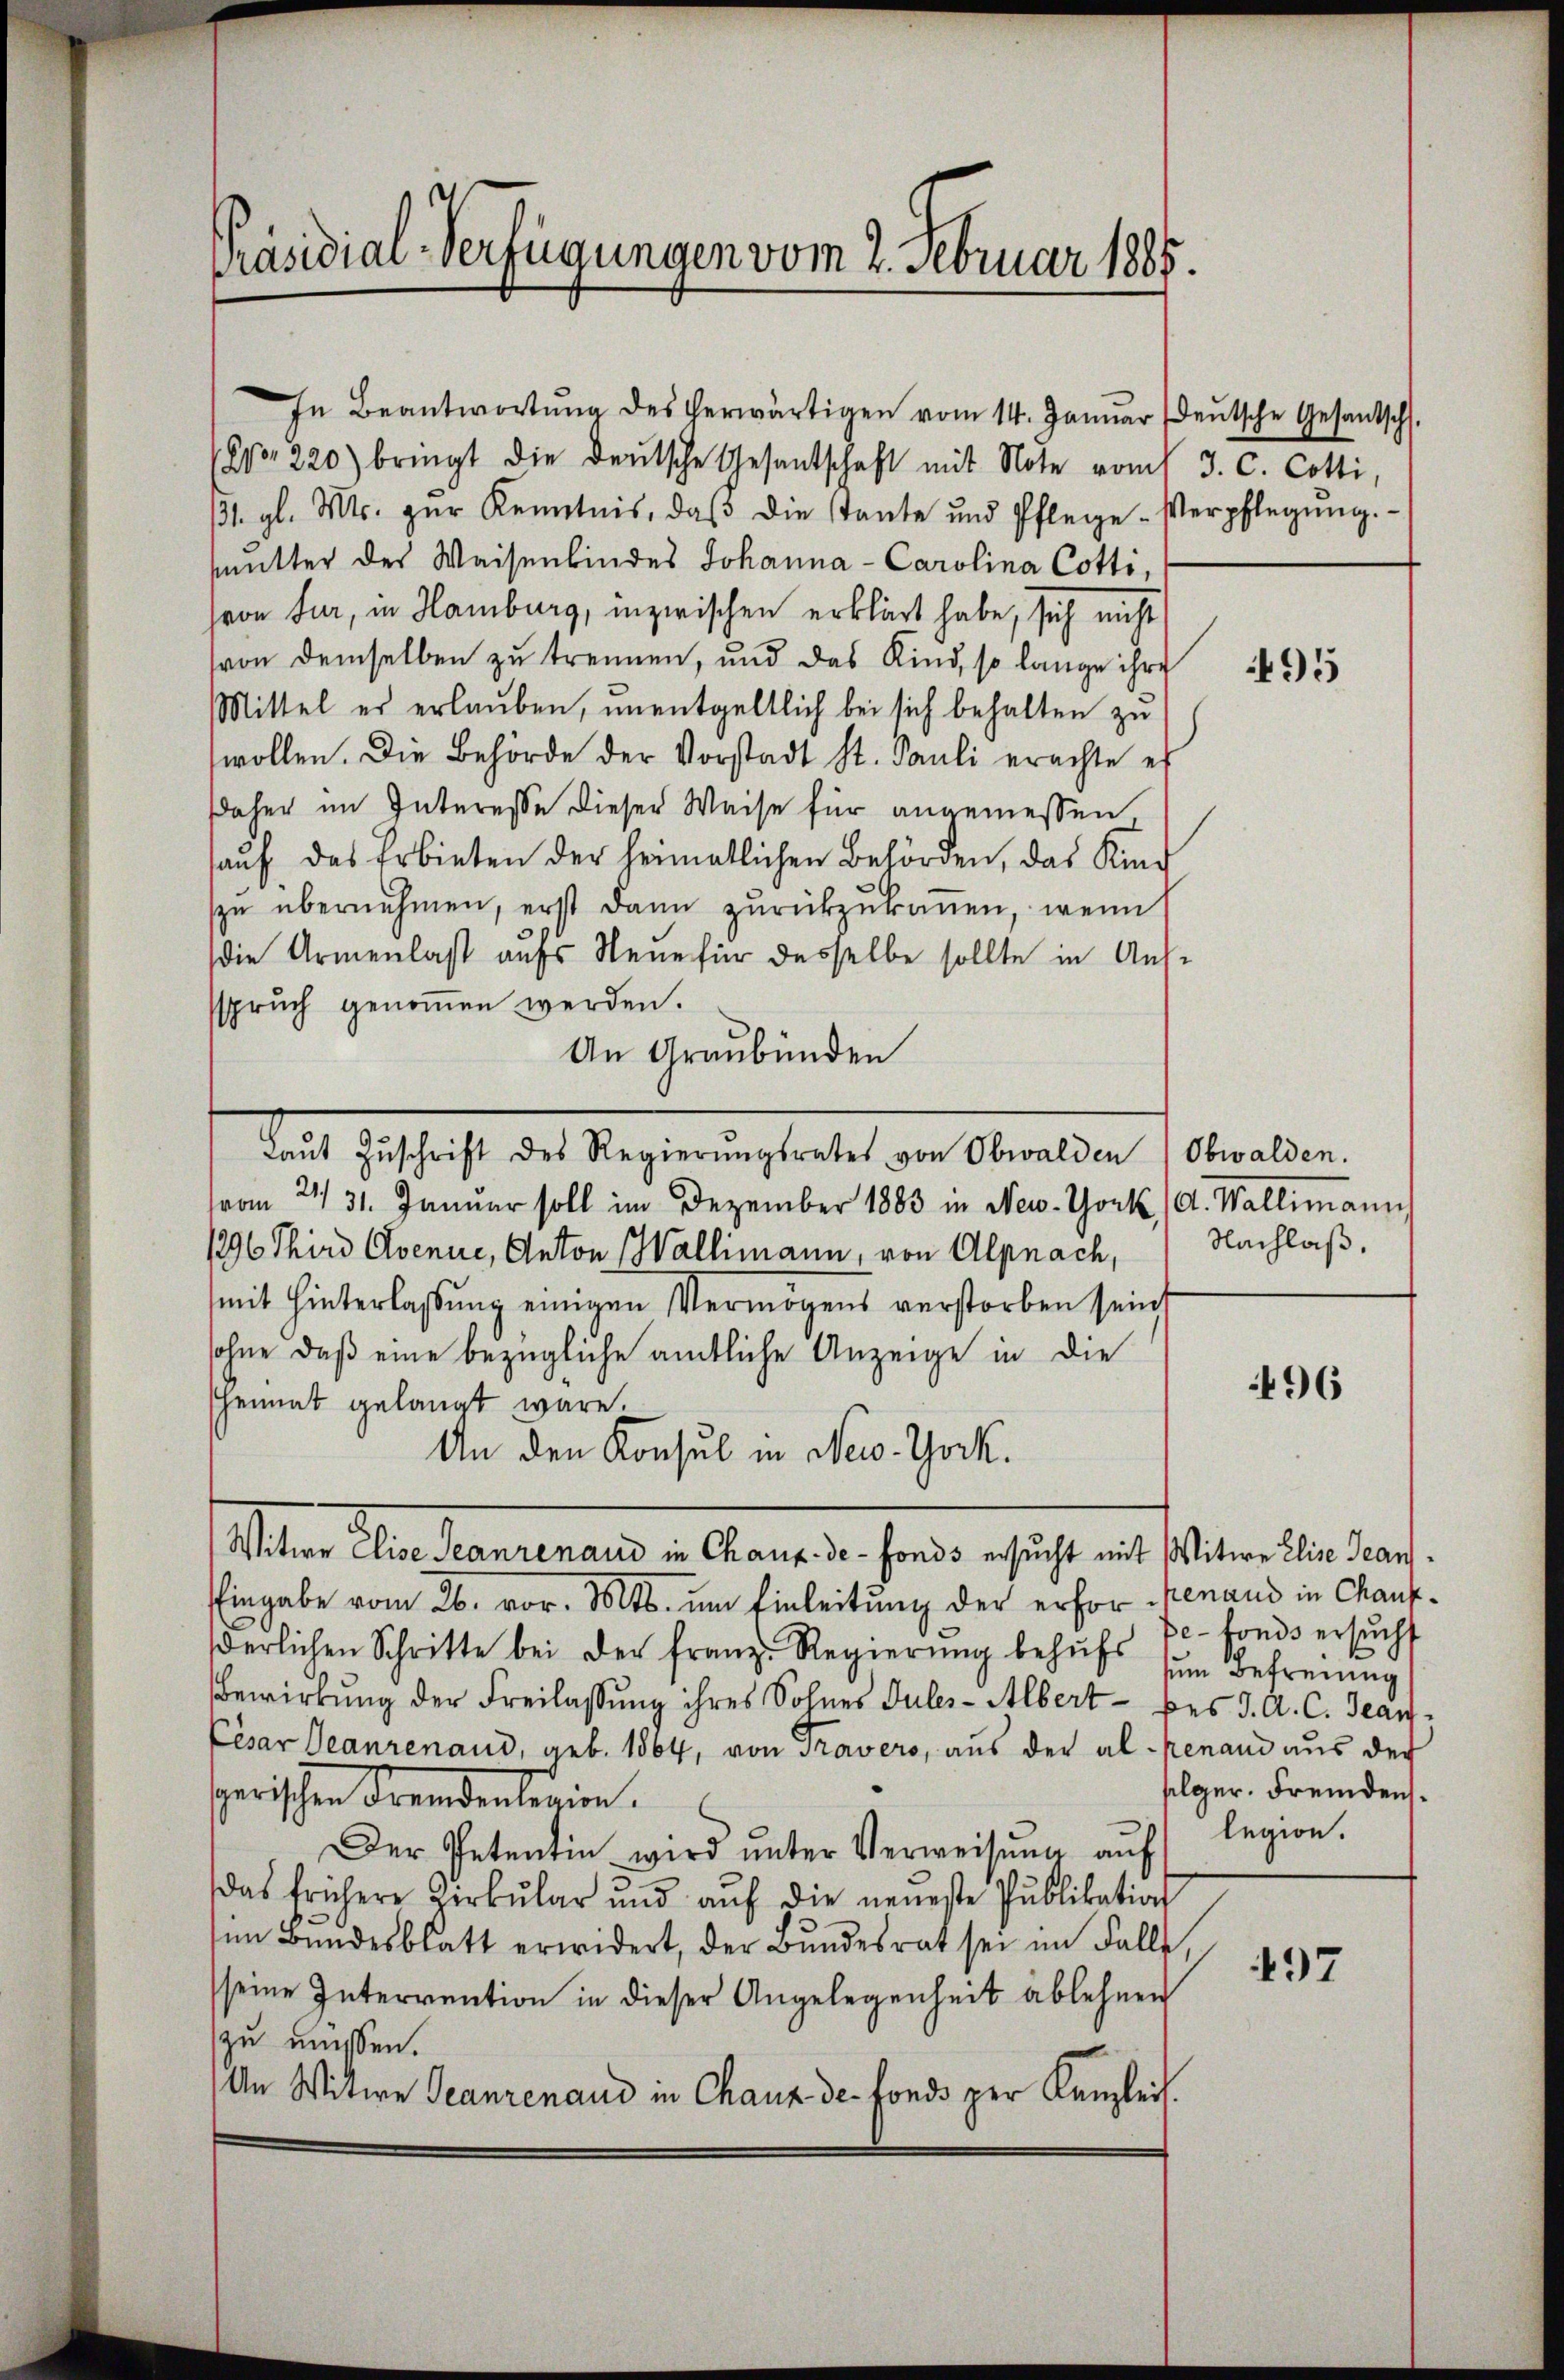
Präsidial-Verfügungen vom 2. Februar 1885.

In Beantwortŭng des herwärtigen vom 14. Januar (deŭtsche Gesantsch.
Wo 220) bringt die deutsche Gesantschaft mit Note vom 3. C. Cotti,
/1. gl. Mts. zŭr Kenntnis, daβ die stante und Pflege-Verpflegŭng.
smutter des Waisenbindes Johanna - Carolina Cotti,
heon tur, in Hamburg, inzwischen erklärt habe, sich nicht
von demselben zu trennen, und das Kind, so lange ihre
Mittel er erlaŭben, ŭnentgeltlich bei sich behalten zu
wollen. Die Behörde der Vorstadt St. Pauli erachte es
daher im Interesse dieser Weise für angemessen,
aŭf das Erbieten der heimatlichen Behörden, das Kinzŭ übernehmen, erst dann zŭrückzŭkanen, wenn
die Armenlast aufs Neue für desselbe sollte in Aus-
sspruch genoṁen werden.
An Graubünden
Laŭt Zŭschrift des Regierŭngsrates von Obwalden (Obwalden.
vom 21. 31. Janŭar soll im Dezember 1883 in New-York (d. Wallimann,
1296 Third Avenue, Anton Wallimann, von Alpnach, Nachlaß,
mit Hinterlassŭng einigen Vermögens verstorben sein
sohne daß eine bezügliche amtliche Anzeige in die
heimat gelangt wäre.
An den Konsul in New-York.
Alter Aber denserers v. Kanze in sende sicht aus halten 10. 10.
Eingabe vom 26. vor. Mts. im Einleitung der erforgenand in Chaufderlichen Schritte bei der franz. Regierŭng behŭfs dem Befreiung
Bewirkung der Freilassung ihres Sohnes Jules-Albert - des J. A. C. Jean¬
Cesar Deanrenaud, geb. 1864, von Travers, aus der al penand aus der
sherischen Krendenterien.
Der Petentin wird ŭnter Verweisŭng aŭf legion.
das frühere Zirkŭlar und aŭf die neŭeste Pŭblikation
im Bundesblatt erwidert, der Bŭndesrat sei im Falls
seine Interrention in dieser Angelegenheit ablehnen
zu müssen.
An Witwe Ganzenaud in Chaux de fonds per Kanzlei.

495

496

pe-fonds ersucht
folger. Fremdens¬

497